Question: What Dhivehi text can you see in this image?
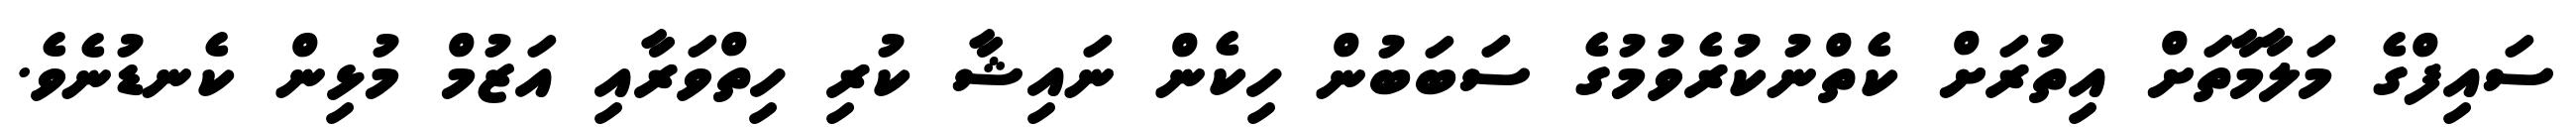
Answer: ސައިފްގެ މަލާމާތަށް އިތުރަށް ކެތްނުކުރެވުމުގެ ސަބަބުން ހިކެން ނައިޝާ ކުރި ހިތްވަރާއި އަޒުމް މުޅިން ކެނޑުނެވެ.